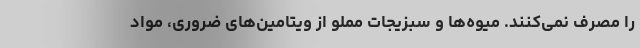
را مصرف نمی‌کنند. میوه‌ها و سبزیجات مملو از ویتامین‌های ضروری، مواد